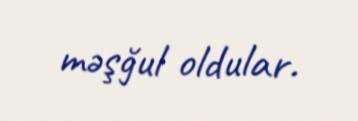
məşğul oldular.